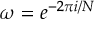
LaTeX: \omega = e ^ { - 2 \pi i / N }